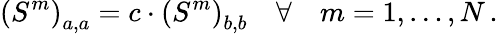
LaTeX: \left(S^{m}\right)_{a,a}=c\cdot\left(S^{m}\right)_{b,b}\quad\forall\quad m=1,\ldots{},N\, .